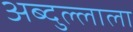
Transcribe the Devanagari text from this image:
अब्दुल्लाला